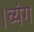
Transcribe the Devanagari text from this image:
।व्यंग